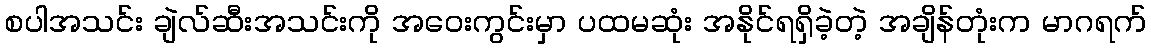
စပါအသင်း ချဲလ်ဆီးအသင်းကို အဝေးကွင်းမှာ ပထမဆုံး အနိုင်ရရှိခဲ့တဲ့ အချိန်တုံးက မာဂရက်